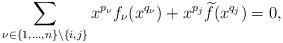
LaTeX: \begin{align*} \sum_{\nu\in \left\{1, \ldots, n\right\}\setminus \left\{ i, j\right\}}x^{p_{\nu}}f_{\nu}(x^{q_{\nu}})+x^{p_{j}}\widetilde{f}(x^{q_{j}})=0,\end{align*}